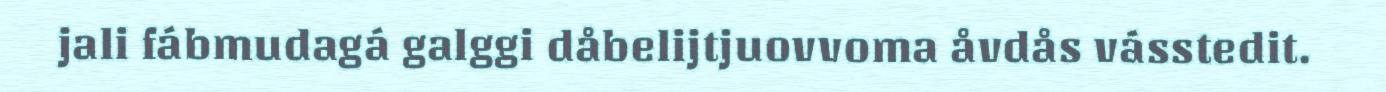
jali fábmudagá galggi dåbelijtjuovvoma åvdås vásstedit.